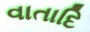
વાતાદિ